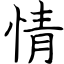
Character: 情